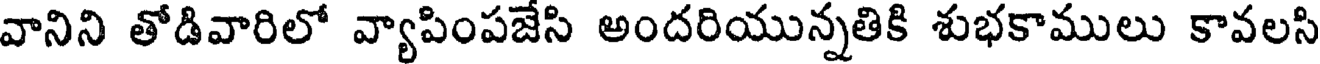
వానిని తోడివారిలో వ్యాపింపజేసి అందరియున్నతికి శుభకాములు కావలసి